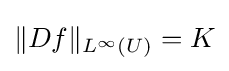
\|Df\|_{L^{\infty }(U)}=K